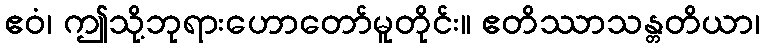
ဧဝံ၊ ဤသို့ဘုရားဟောတော်မူတိုင်း။ ဧတိဿာသန္တတိယာ၊